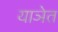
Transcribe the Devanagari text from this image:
याञेत